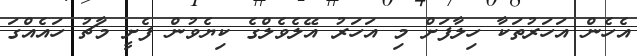
އެހެން އަހަރުތަކާ ހިލާފަށް މި އަހަރު އޭލެވެލްގެ ކިޔެވުން ފެށީ މާޗު ހައެއްގަ